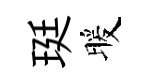
珽暖